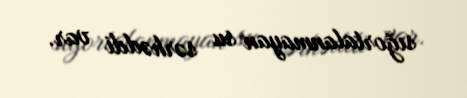
sığortalanmayan su sərhəddi var.